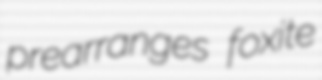
prearranges foxite